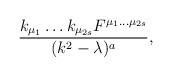
LaTeX: \begin{align*}\frac{k_{\mu_1}\ldots k_{\mu_{2s}}F^{\mu_1\ldots\mu_{2s}}}{(k^2 -\lambda)^a},\end{align*}